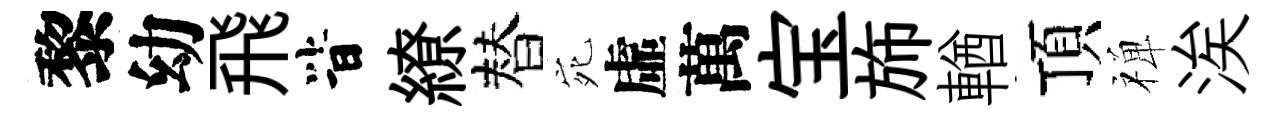
黎幼飛𣅜繚替宛虛萬宝斾輶頂禅涘